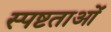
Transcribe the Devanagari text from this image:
स्पष्टताओं